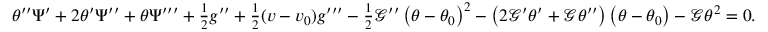
\begin{array} { r l } & { \theta ^ { \prime \prime } \Psi ^ { \prime } + 2 \theta ^ { \prime } \Psi ^ { \prime \prime } + \theta \Psi ^ { \prime \prime \prime } + \frac { 1 } { 2 } g ^ { \prime \prime } + \frac { 1 } { 2 } ( v - v _ { 0 } ) g ^ { \prime \prime \prime } - \frac { 1 } { 2 } \mathcal { G } ^ { \prime \prime } \left( \theta - \theta _ { 0 } \right) ^ { 2 } - \left( 2 \mathcal { G } ^ { \prime } \theta ^ { \prime } + \mathcal { G } \theta ^ { \prime \prime } \right) \left( \theta - \theta _ { 0 } \right) - \mathcal { G } \theta ^ { 2 } = 0 . } \end{array}